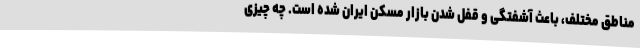
مناطق مختلف، باعث آشفتگی و قفل شدن بازار مسکن ایران شده است. چه چیزی